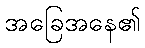
အခြေအနေ၏